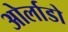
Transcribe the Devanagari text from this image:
ओर्लाडो